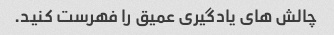
چالش های یادگیری عمیق را فهرست کنید.